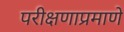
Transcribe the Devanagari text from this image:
परीक्षणाप्रमाणे